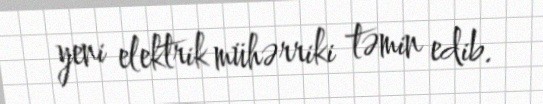
yeni elektrik mühərriki təmin edib.